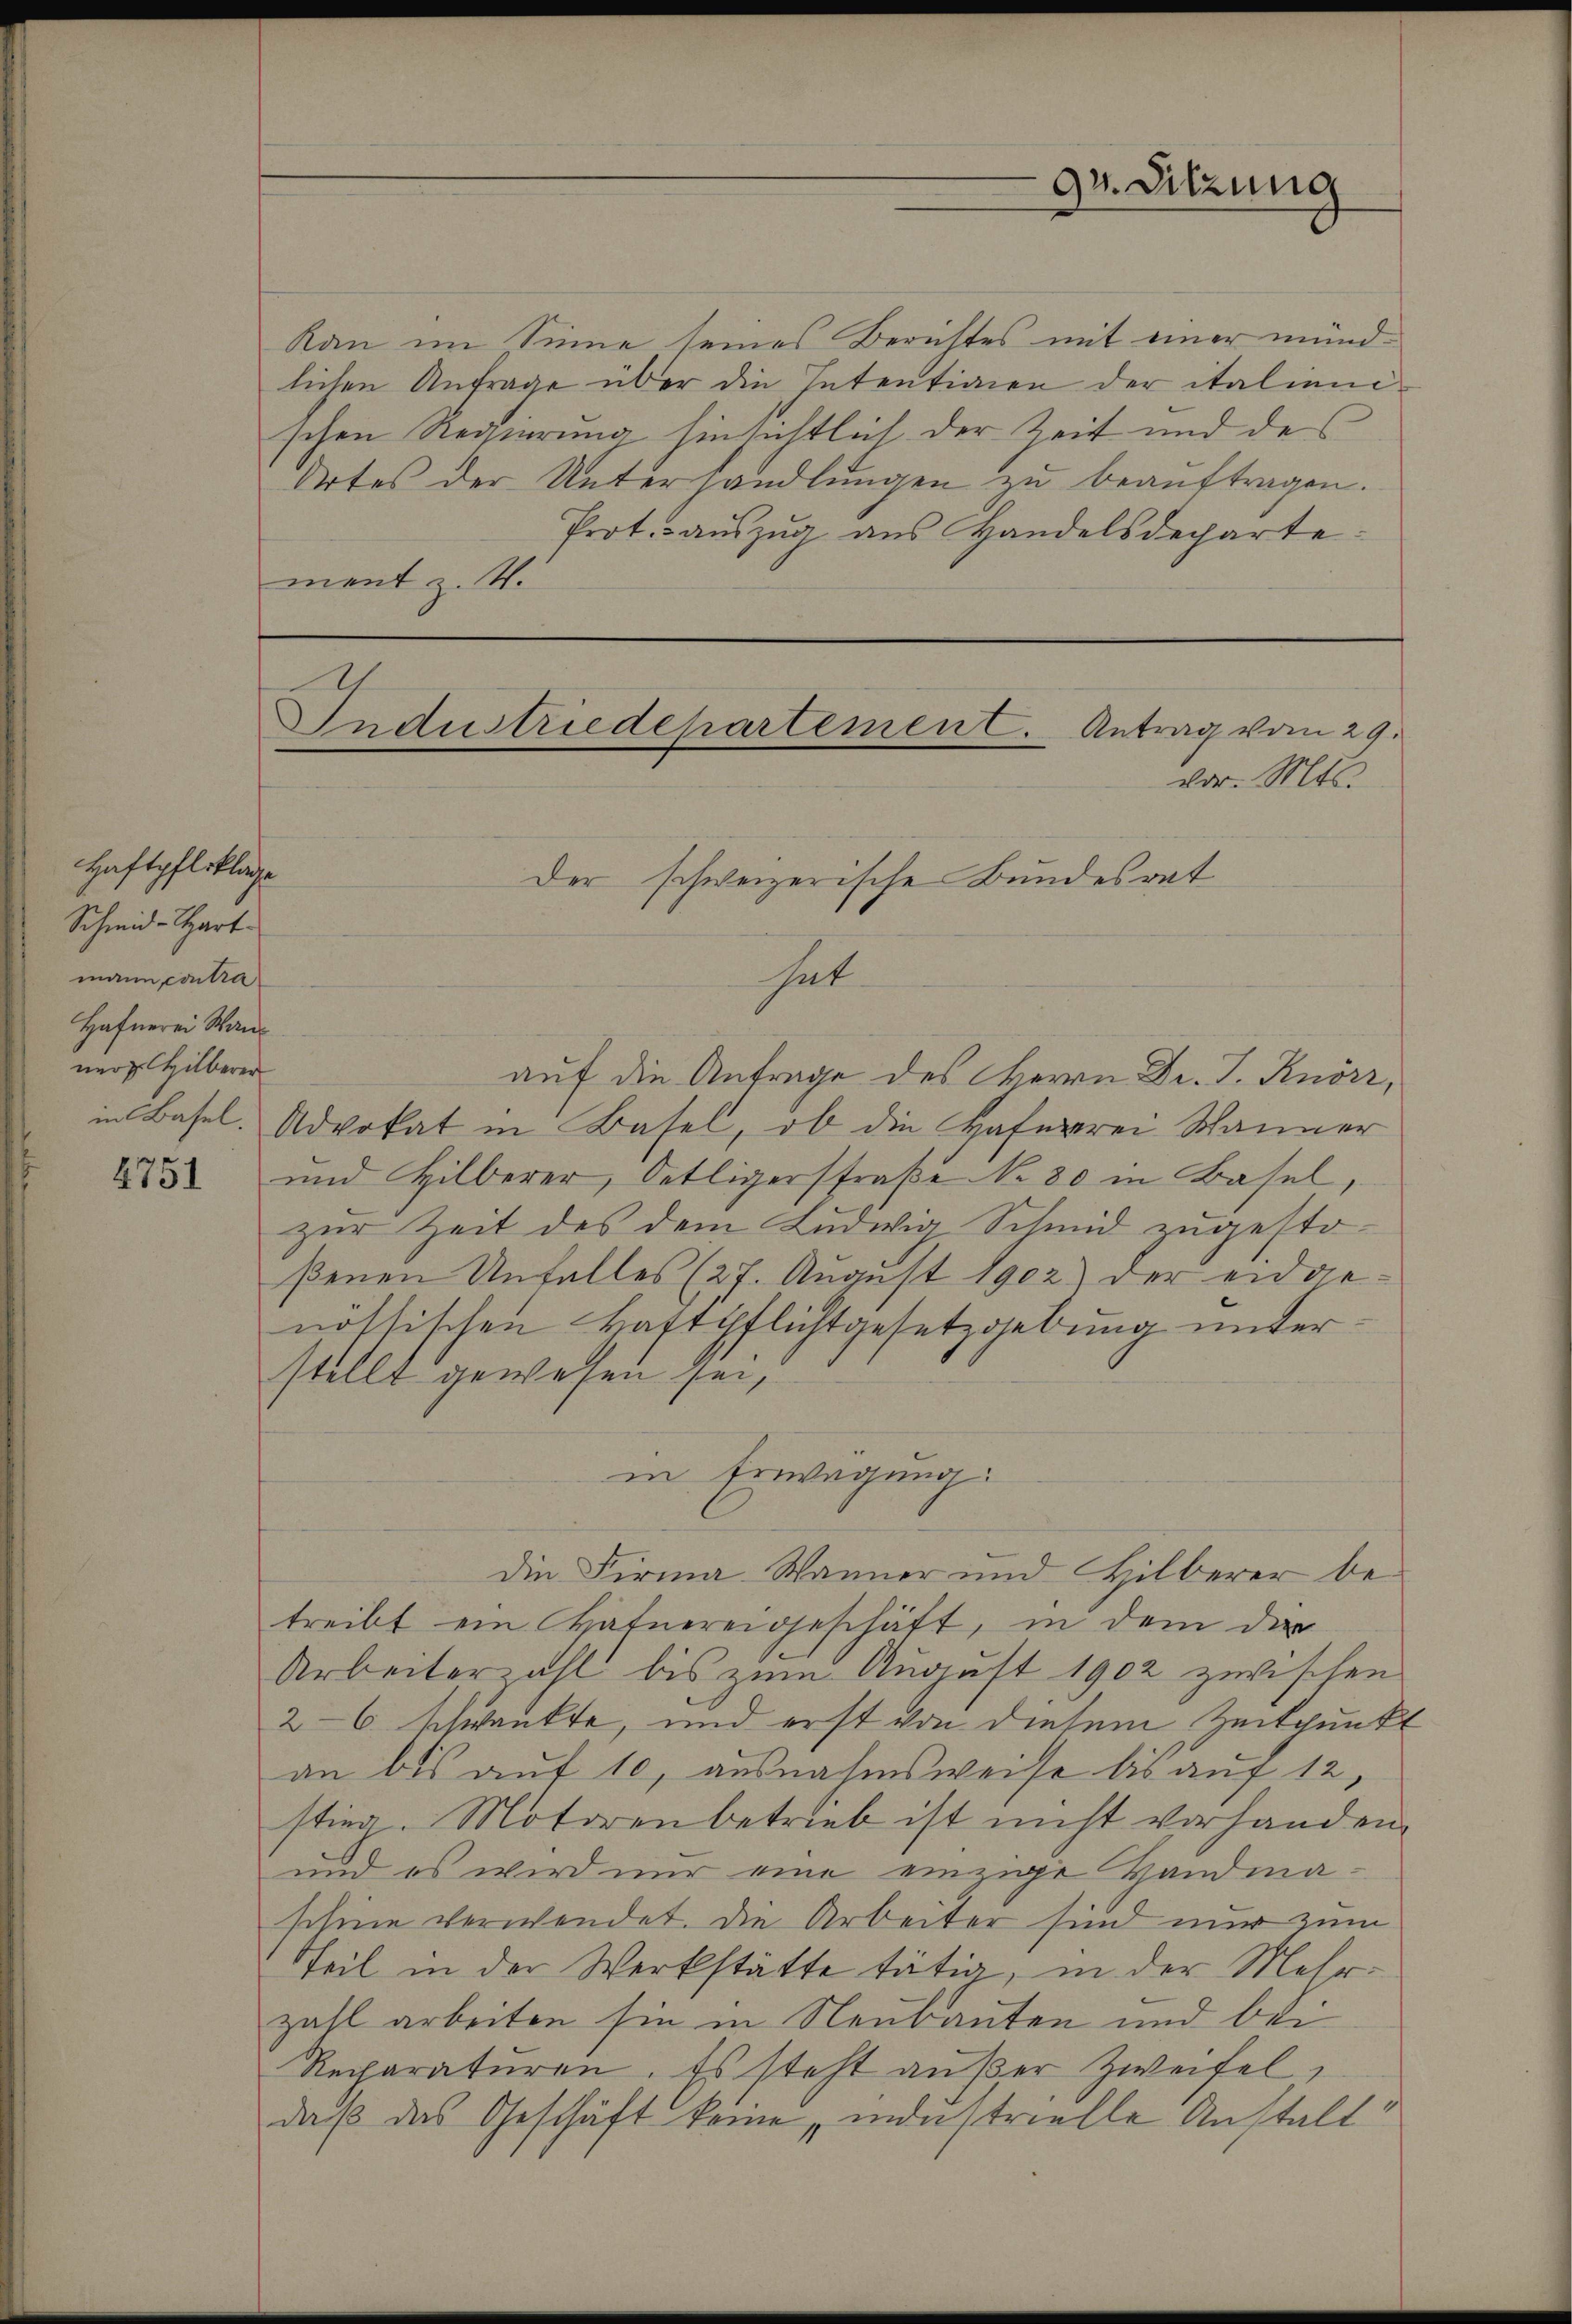
Haftpflsklage
Schmid-Hart
mann contra
Hafnerei Wanner Hilberer

4751

Kan im Sinne seines Berichtes mit einer münd
lichen Anfrage über die Intentionen der italienischen Regierung hinsichtlich der Zeit und des
Ortes der Unterhandlungen zu beaŭftragen.
Protoauszug aus Handelsdecharte
ment z. W.

vor. Mts.
Der schweizerische Bundesrat
hat.
auf die Antrage des Herrn Dr. J. Knörz,
in Basel. Advokat in Basel, ob die Haferrei Wanner
und Hilberer, Oetligerstraße Nr. 80 in Basel,
zur Zeit des dem Ludwig Schmid zugestoßenen Unfalles (27. August 1902) der eidgenöthischen Haftpflichtgesetzgebung unterstellt gewesen sei,
in Erwägung
Die Firma Wanner und Hilberer betreibt ein Hafnereigeschäft, in dem der
Arbeiterzahl bis zum August 1902 zwischen
2-6 schwankte, und erst von diesem Zeitpunkt
an bis auf 10, ausnahmsweise bis auf 12,
stieg. Motoren betrieb ist nicht vorhanden.
und es wird nur eine einzige Bandmaschine verwendet. Die Arbeiter sind nur zum
Teil in der Werkstätte tätig, in der Mehrzahl arbeiten sie in Neubauten und bei
Recharaturen. Es steht außer Zweifel,
daß das Geschäft keine „industrielle Anstalt

Industriedepartement. Antrag vom 29.

94. Sitzung